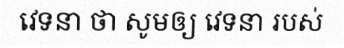
វេទនា ថា សូមឲ្យ វេទនា របស់